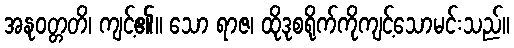
အနုဝတ္တတိ၊ ကျင့်၏။ သော ရာဇ၊ ထိုဒုစရိုက်ကိုကျင့်သောမင်းသည်။